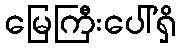
မြေကြီးပေါ်ရှိ